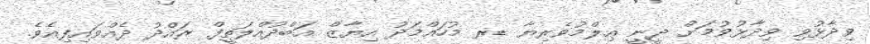
ވިދާޅުވި ވިދާޅުވުމަށް ދީނީ ޢިލްމުވެރިޔާ ޑރ މުހައްމަދު އިޔާޒް އަބްދުއްލަތީފް ރައްދު ދެއްވައިފިއެވެ.